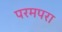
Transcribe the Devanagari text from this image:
परमपरा